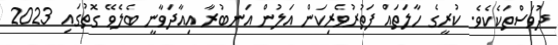
ދުވަސްތަކެކެވެ. ކުރީގެ ހާލަތައް ފަތުރުވެރިކަން އަލުން އަނބުރާ އިއާދަވާނީ ބެލެވޭ ގޮތުގައި 2023